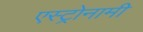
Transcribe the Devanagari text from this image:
एस्ट्रोनामी